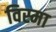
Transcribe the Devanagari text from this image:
विस्मा